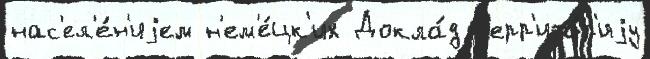
нас'ел'е́н'иjем н'ем'е́цк'их Докла́д т'ерр'ито́р'иjу